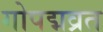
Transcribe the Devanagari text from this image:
गोपद्मव्रत